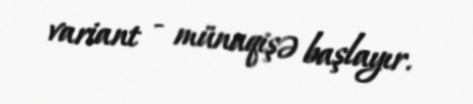
variant - münaqişə başlayır.